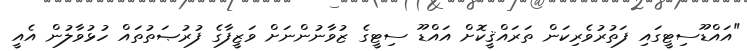
"އައްޑޫސިޓީގައި ފަތުރުވެރިކަން ތަރައްޤީކޮށް އައްޑޫ ސިޓީގެ ޒުވާނުންނަށް ވަޒީފާގެ ފުރުޞަތުތައް ހުޅުވާލުން އެއީ